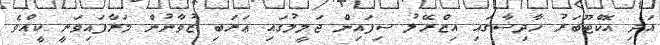
އަދި އޮކްޓޫބަރު ހާދިސާގައި އިޒްރޭލު ސިފައިން ޖަލީލުގައި ޢަރަބި ޒުވާނުން މަރާފައިވަނީ ކީއްވެ